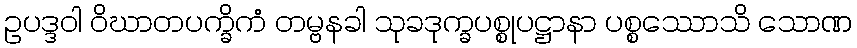
ဥပဒ္ဒဝါ ဝိဃာတပက္ခိကံ တမ္ဗနခါ သုခဒုက္ခပစ္စုပဋ္ဌာနာ ပစ္စဿောသိ သောဏ